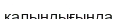
қалыңдығында